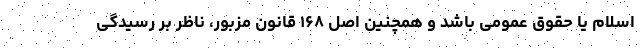
اسلام یا حقوق عمومی ‌باشد و همچنین اصل ۱۶۸ قانون مزبور، ناظر بر رسیدگی